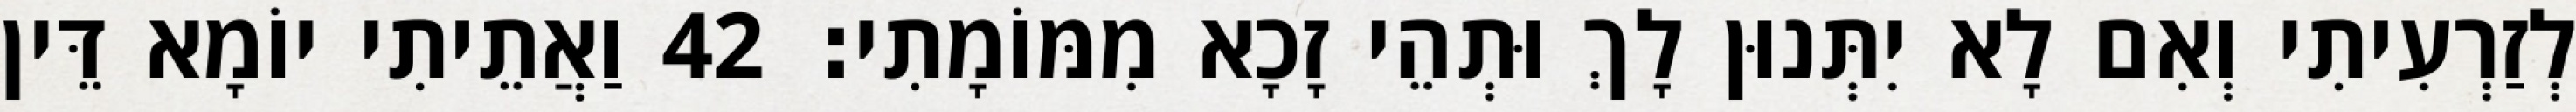
לְזַרְעִיתִי וְאִם לָא יִתְּנוּן לָךְ וּתְהֵי זָכָא מִמּוֹמָתִי׃ 42 וַאֲתֵיתִי יוֹמָא דֵּין